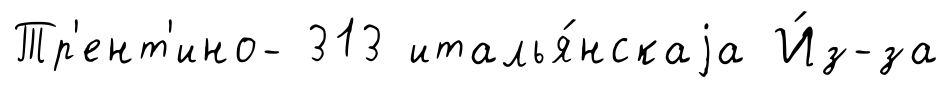
Тр'ент'ино- 313 италья́нскаjа И́з-за